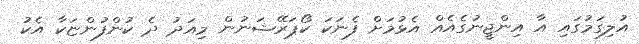
އުލިގަމުގައި އާ އިންޖީނުގެއެއް އެޅުމަށް ފެނަކަ ކޯޕަރޭޝަނުން މިއަދު ދެ ކުންފުންޏަކާ އެކު